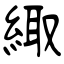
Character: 緅